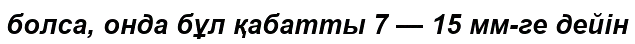
болса, онда бұл қабатты 7 — 15 мм-ге дейін